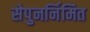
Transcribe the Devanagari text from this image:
सेपुनर्निमित